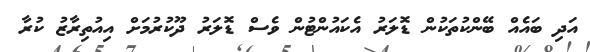
އަދި ބައެއް ބޭންކުތަކުން ޑޮލަރު އެކައުންޓުން ވެސް ޑޮލަރު ދޫކުރުމަށް އިއުތިރާޒު ކުރާ